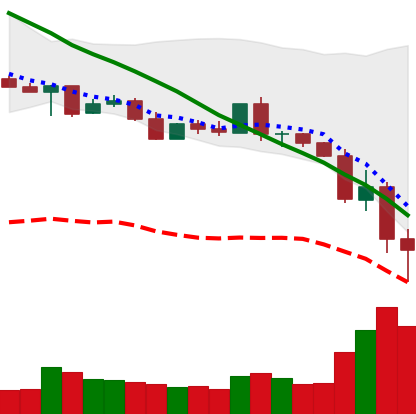
Ticker: XLM-USD
Chart end date: 2022-05-12
Forward return: 17.174%
Label: up_7plus